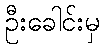
ဦးခေါင်းမှ